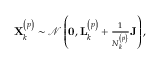
\begin{array} { r } { \mathbf { X } _ { k } ^ { \left( p \right) } \sim \mathcal { N } \left( \mathbf { 0 } , \mathbf { L } _ { k } ^ { \left( p \right) } + \frac { 1 } { N _ { k } ^ { \left( p \right) } } \mathbf { J } \right) , } \end{array}